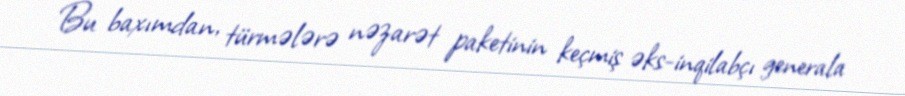
Bu baxımdan, türmələrə nəzarət paketinin keçmiş əks-inqilabçı generala